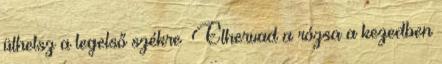
ülhetsz a legelső székre Elhervad a rózsa a kezedben